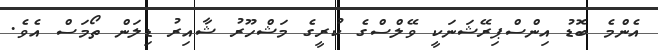
އެންމެ ބޮޑު އިންސްޕިރޭޝަނަކީ ވޭލްސްގެ ކުރީގެ މަޝްހޫރު ޝާއިރު ޑިލަން ތޯމަސް އެވެ.